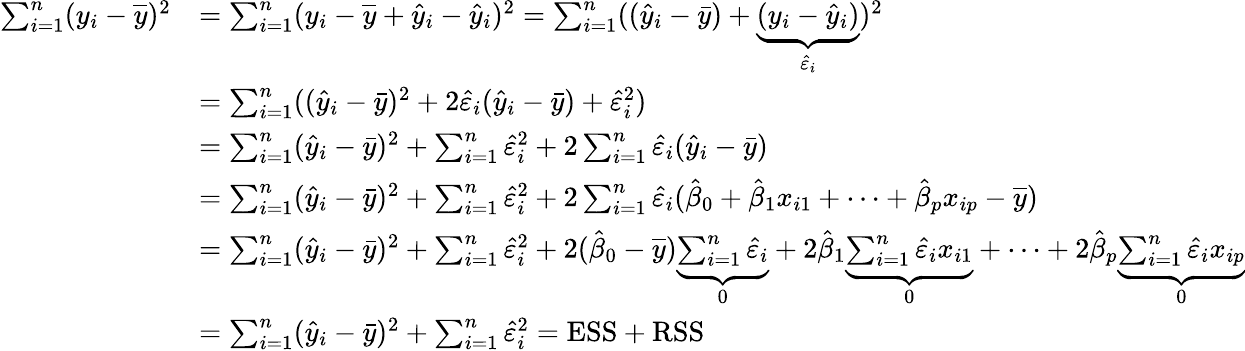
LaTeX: {\begin{array}{rl}{\sum_{i=1}^{n}(y_{i}-{\overline{{y}}})^{2}}&{=\sum_{i=1}^{n}(y_{i}-{\overline{{y}}}+{\hat{y}}_{i}-{\hat{y}}_{i})^{2}=\sum_{i=1}^{n}(({\hat{y}}_{i}-{\bar{y}})+\underbrace{(y_{i}-{\hat{y}}_{i})}_{{\hat{\varepsilon}}_{i}})^{2}}\\ &{=\sum_{i=1}^{n}(({\hat{y}}_{i}-{\bar{y}})^{2}+2{\hat{\varepsilon}}_{i}({\hat{y}}_{i}-{\bar{y}})+{\hat{\varepsilon}}_{i}^{2})}\\ &{=\sum_{i=1}^{n}({\hat{y}}_{i}-{\bar{y}})^{2}+\sum_{i=1}^{n}{\hat{\varepsilon}}_{i}^{2}+2\sum_{i=1}^{n}{\hat{\varepsilon}}_{i}({\hat{y}}_{i}-{\bar{y}})}\\ &{=\sum_{i=1}^{n}({\hat{y}}_{i}-{\bar{y}})^{2}+\sum_{i=1}^{n}{\hat{\varepsilon}}_{i}^{2}+2\sum_{i=1}^{n}{\hat{\varepsilon}}_{i}({\hat{\beta}}_{0}+{\hat{\beta}}_{1}x_{i1}+\cdots+{\hat{\beta}}_{p}x_{ip}-{\overline{{y}}})}\\ &{=\sum_{i=1}^{n}({\hat{y}}_{i}-{\bar{y}})^{2}+\sum_{i=1}^{n}{\hat{\varepsilon}}_{i}^{2}+2({\hat{\beta}}_{0}-{\overline{{y}}})\underbrace{\sum_{i=1}^{n}{\hat{\varepsilon}}_{i}}_{0}+2{\hat{\beta}}_{1}\underbrace{\sum_{i=1}^{n}{\hat{\varepsilon}}_{i}x_{i1}}_{0}+\cdots+2{\hat{\beta}}_{p}\underbrace{\sum_{i=1}^{n}{\hat{\varepsilon}}_{i}x_{ip}}_{0}}\\ &{=\sum_{i=1}^{n}({\hat{y}}_{i}-{\bar{y}})^{2}+\sum_{i=1}^{n}{\hat{\varepsilon}}_{i}^{2}=\mathrm{ESS}+\mathrm{RSS}}\end{array}}